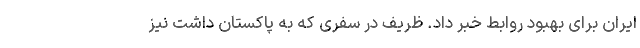
ایران برای بهبود روابط خبر داد. ظریف در سفری که به پاکستان داشت نیز